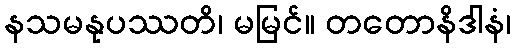
နသမနုပဿတိ၊ မမြင်။ တတောနိဒါနံ၊